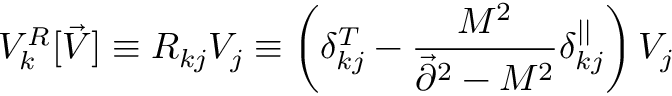
V _ { k } ^ { R } [ \vec { V } ] \equiv R _ { k j } V _ { j } \equiv \left( \delta _ { k j } ^ { T } - { \frac { M ^ { 2 } } { \vec { \partial } ^ { 2 } - M ^ { 2 } } } \delta _ { k j } ^ { | | } \right) V _ { j }